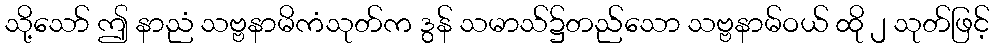
သို့သော် ဤ နာညံ သဗ္ဗနာမိကံသုတ်က ဒွန် သမာသ်၌တည်သော သဗ္ဗနာမ်ဝယ် ထို ၂ သုတ်ဖြင့်